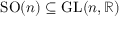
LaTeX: \mathrm { S O } ( n ) \subseteq \mathrm { G L } ( n , \mathbb { R } )